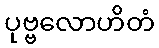
ပုဗ္ဗလောဟိတံ